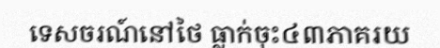
ទេសចរណ៍នៅថៃ ធ្លាក់ចុះ៤៣ភាគរយ